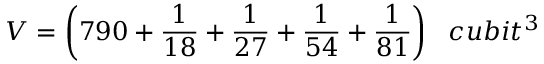
V = { \bigg ( } 7 9 0 + { \frac { 1 } { 1 8 } } + { \frac { 1 } { 2 7 } } + { \frac { 1 } { 5 4 } } + { \frac { 1 } { 8 1 } } { \bigg ) } \; \; \; c u b i t ^ { 3 }